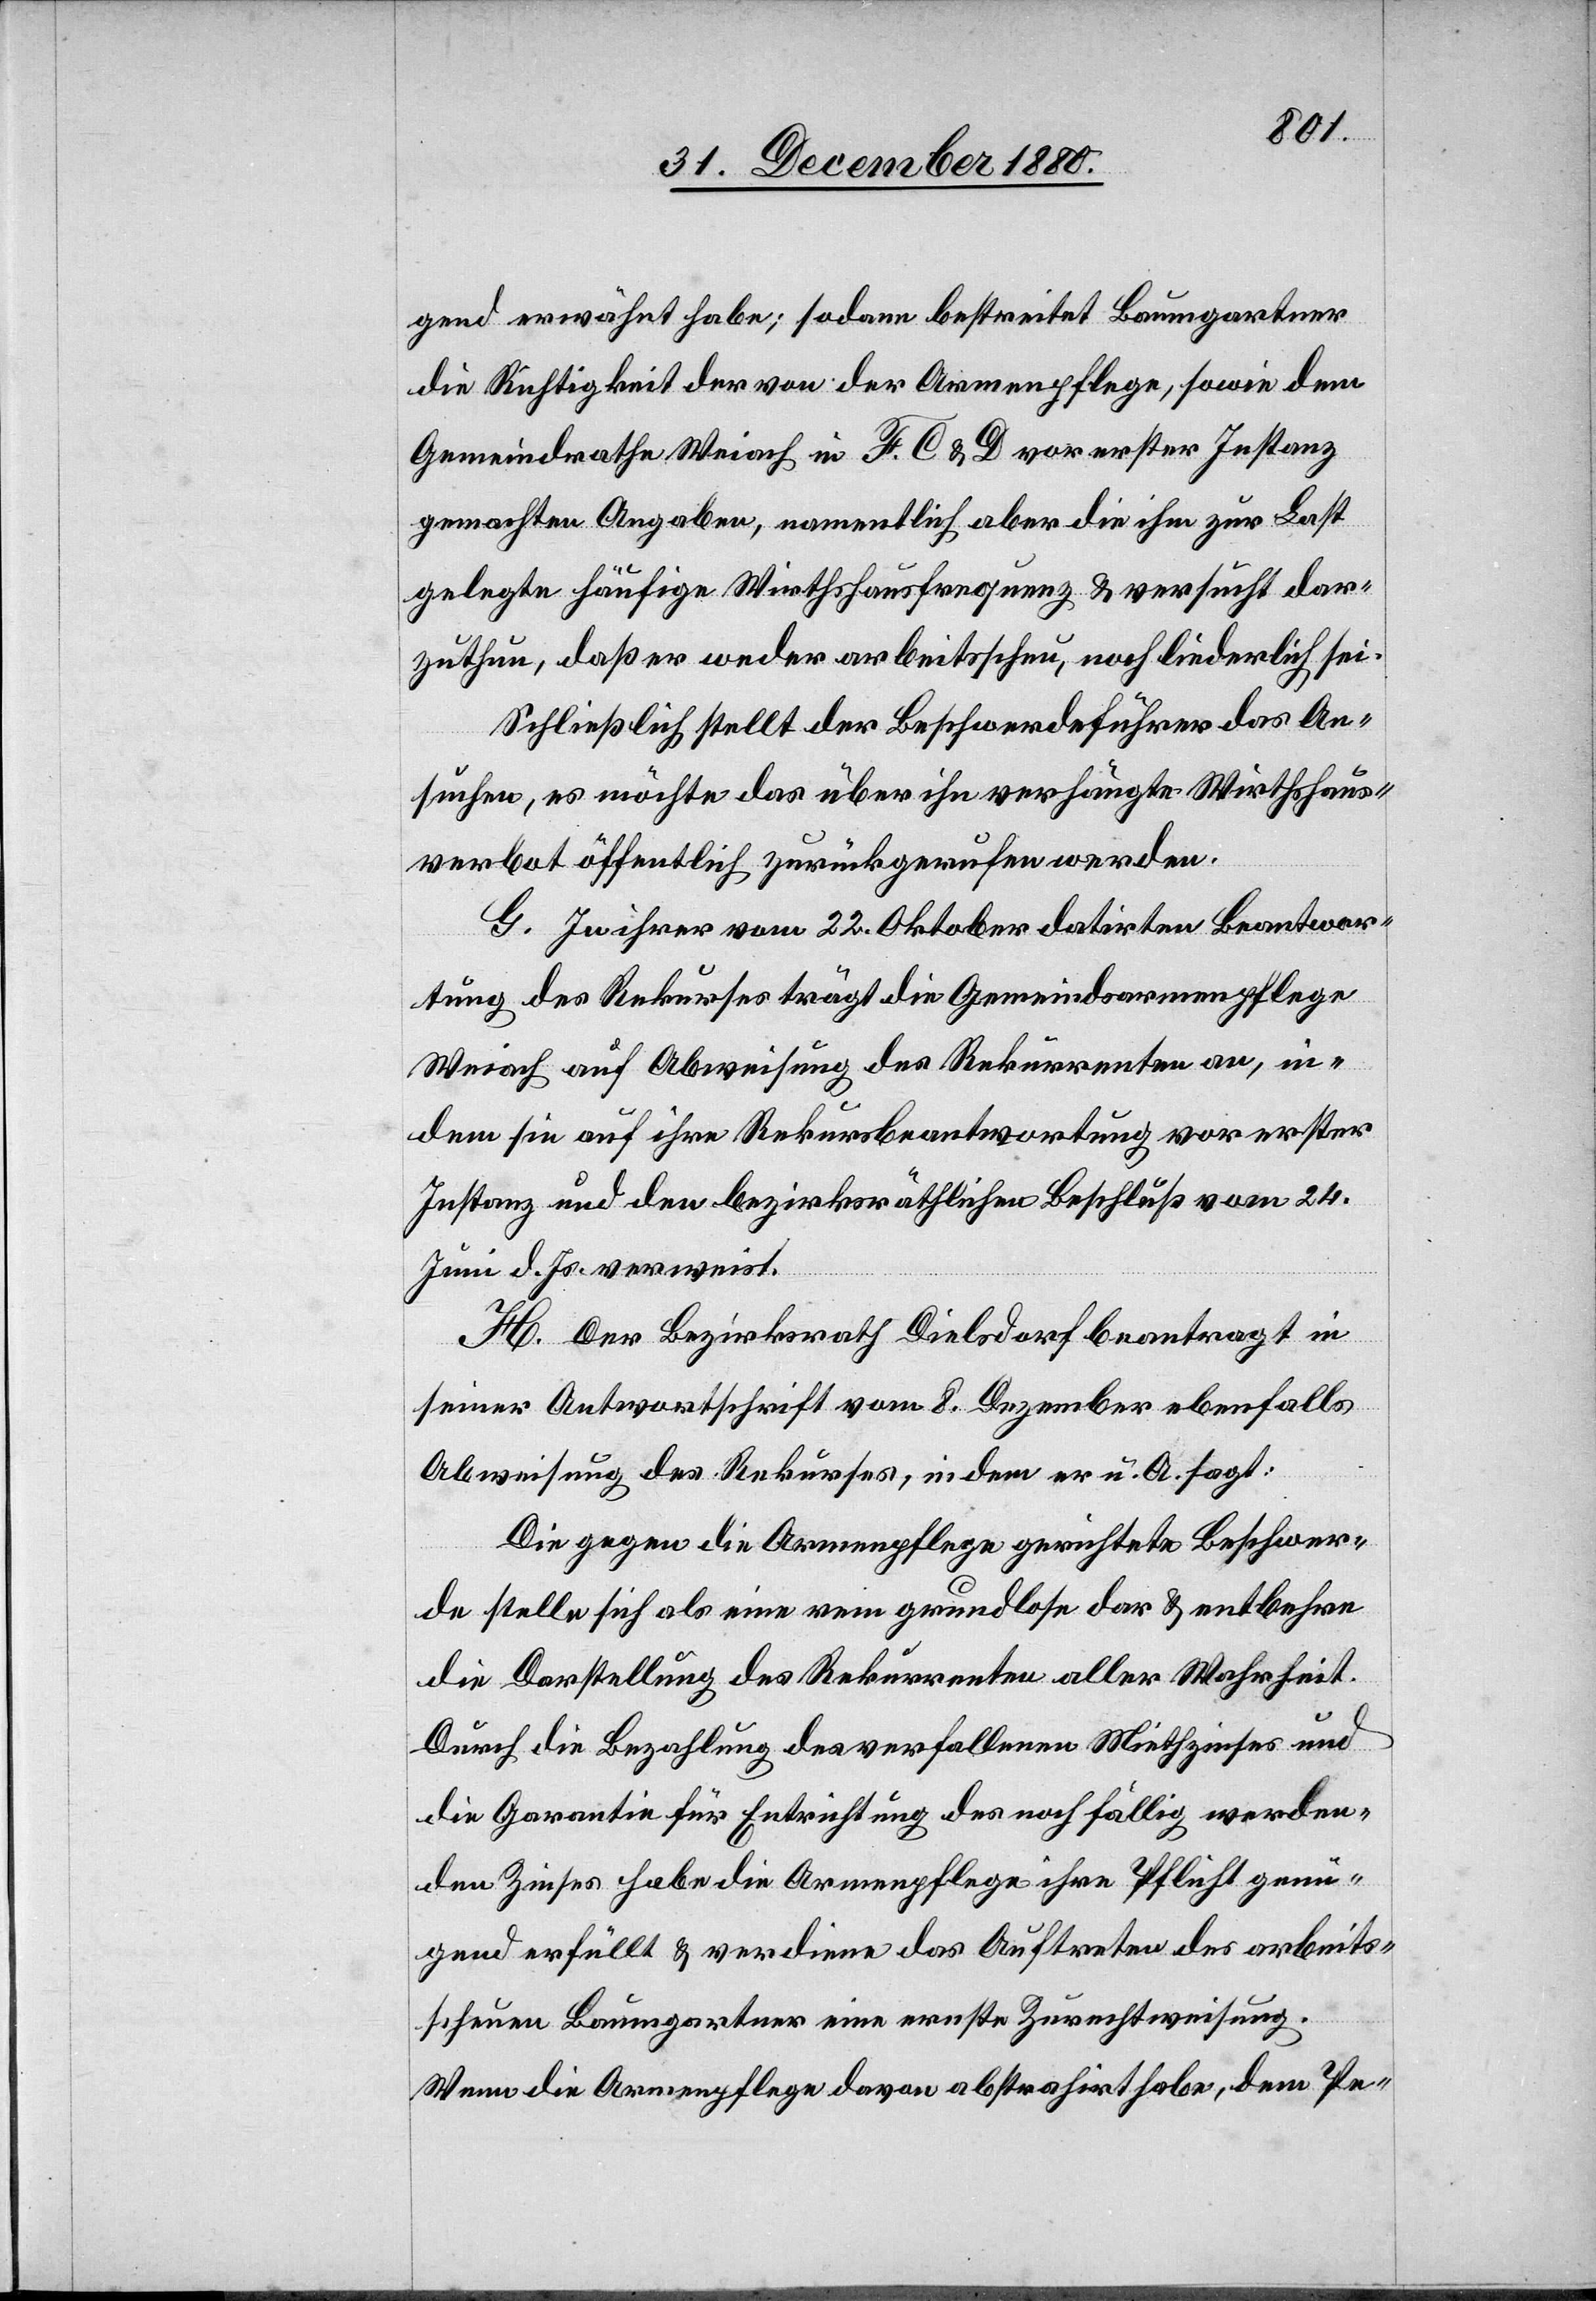
gend erwähnt habe; sodann bestreitet Baumgartner
die Richtigkeit der von der Armenpflege, sowie dem
Gemeindrathe Weiach in F, C & D vor erster Instanz
gemachten Angaben, namentlich aber die ihm zur Last
gelegte häufige Wirthshausfrequenz & versucht dar¬
zuthun, daß er weder arbeitsscheu, noch liederlich sei.
Schließlich stellt der Beschwerdeführer das An¬
suchen, es möchte das über ihn verhängte Wirthshaus¬
verbot öffentlich zurückgerufen werden.
G. In ihrer vom 22. Oktober datirten Beantwor¬
tung des Rekurses trägt die Gemeindsarmenpflege
Weiach auf Abweisung des Rekurrenten an, in¬
dem sie auf ihre Rekursbeantwortung vor erster
Instanz und den bezirksräthlichen Beschluß vom 24.
Juni d. Js. verweist.
H. Der Bezirksrath Dielsdorf beantragt in
seiner Antwortschrift vom 8. Dezember ebenfalls
Abweisung des Rekurses, indem er u. A. sagt:
Die gegen die Armenpflege gerichtete Beschwer¬
de stellt sich als eine rein grundlose dar & entbehre
die Darstellung des Rekurrenten aller Wahrheit.
Durch die Bezahlung des verfallenen Miethzins und
die Garantie für Entrichtung des noch fällig werden¬
den Zinses habe die Armenpflege ihre Pflicht genü¬
gend ertheilt & verdiene das Auftreten des arbeits¬
scheuen Baumgartner eine ernste Zurechtweisung.
Wenn die Armenpflege davon abstrahirt habe, dem Pe-